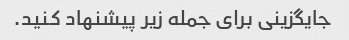
جایگزینی برای جمله زیر پیشنهاد کنید.